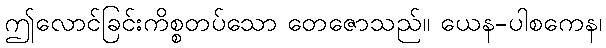
ဤလောင်ခြင်းကိစ္စတပ်သော တေဇောသည်။ ယေန-ပါစကေန၊